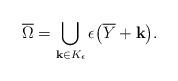
LaTeX: \begin{align*}\overline{\Omega} = \bigcup_{{\bf k} \in K_{\epsilon}} \epsilon \big(\overline{Y} + {\bf k} \big).\end{align*}